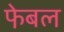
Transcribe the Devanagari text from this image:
फे़बल